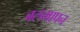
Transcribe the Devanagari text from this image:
बलमापन